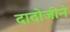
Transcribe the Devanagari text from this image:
दादोजीने